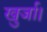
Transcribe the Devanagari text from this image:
खुर्जा।